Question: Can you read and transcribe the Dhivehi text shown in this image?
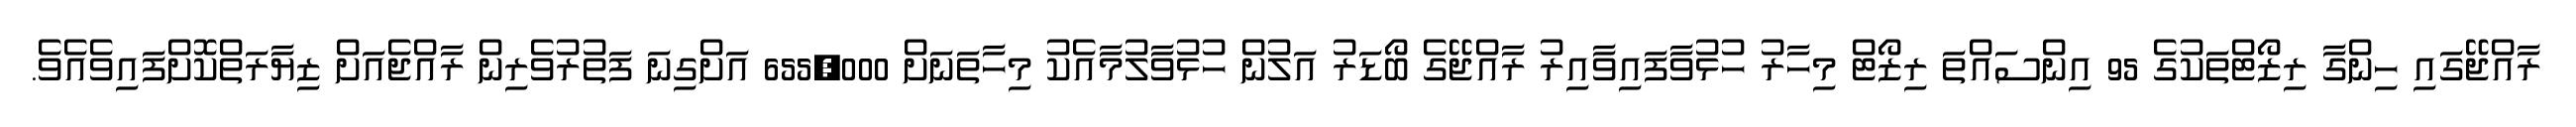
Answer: ރާއްޖޭގައި ހިންގާ ރިޒޯޓްތަކުގެ 95 އިންސައްތަ ރިޒޯޓް މިހާރު ހުޅުވާފައިވާއިރު ރާއްޖޭގެ ބޯޑަރު އަލުން ހުޅުވާލުމާއެކު މިހާތަނަށް 655,000 އަށްގިނަ ފަތުރުވެރިން ރާއްޖެއަށް ޒިޔާރަތްކޮށްފައިވެއެވެ.